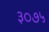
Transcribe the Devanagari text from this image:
३०७५